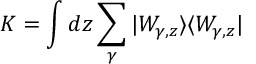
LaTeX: K = \int d z \sum _ { \gamma } | W _ { \gamma , z } \rangle \langle W _ { \gamma , z } |